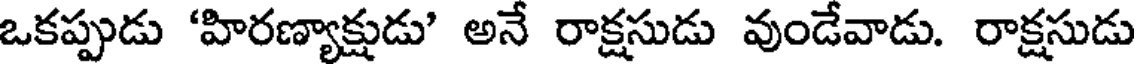
ఒకప్పుడు 'హిరణ్యాక్షుడు' అనే రాక్షసుడు వుండేవాడు. రాక్షసుడు